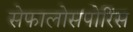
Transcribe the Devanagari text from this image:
सेफालोसपोरिंस